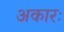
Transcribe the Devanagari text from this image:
अकारः